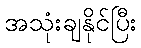
အသုံးချနိုင်ပြီး